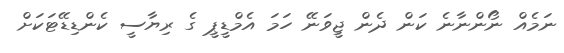
ނަމެއް ނޯންނާނެ ކަން ދެން ޖީވަނޭ ހަމަ އެމްޑީޕީ ގެ ރިޔާސީ ކެންޑިޑޭޓަކަށް